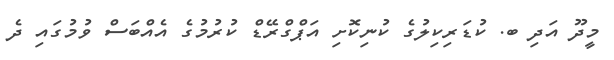
މީދޫ އަދި ބ. ކުޑަރިކިލުގެ ކުނިކޮށި އަޕްގްރޭޑް ކުރުމުގެ އެއްބަސް ވުމުގައި ދެ